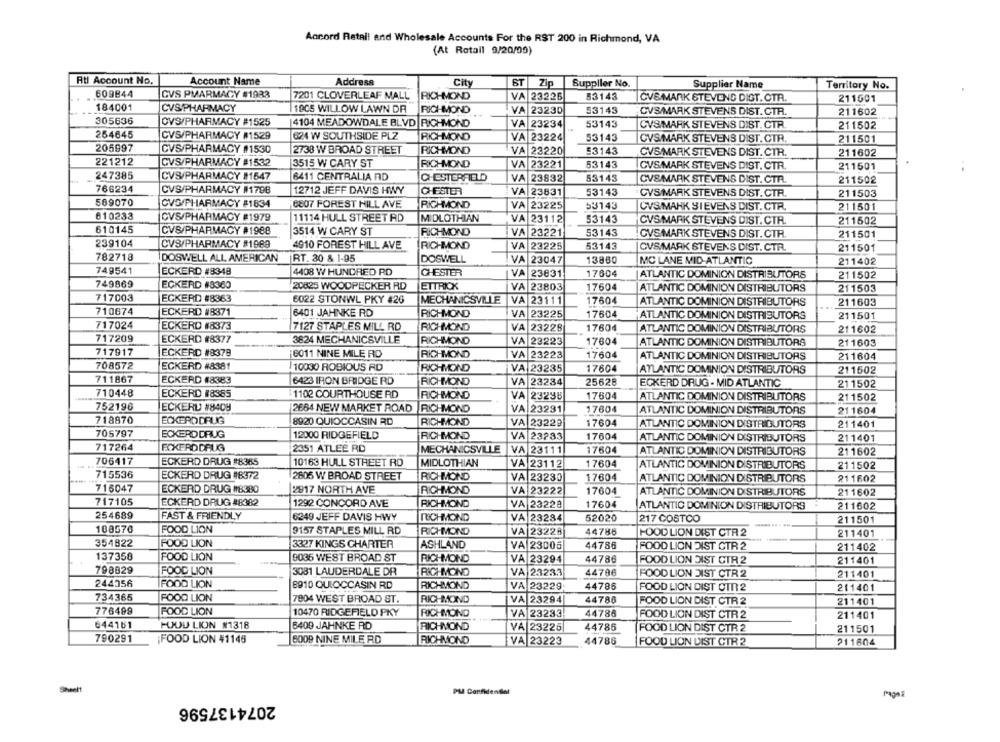
Accord Retail and Wholesale Accounts For the RST 200 in Richmond, VA
(At Retail 9/20/00)
Rtl Account No.
Account Name
Address
City
ST
Zip
Supplier No.
Supplier Name
Territory No.
609844
CVS PMARMACY #1938
7201 CLOVERLEAF MALL
RICHMOND
VA 23226
53143
CV&/MARK STEVENS DIGT. CTR.
211601
184001
CVS PHARMACY
1905 WILLOW LAWN DA
RICHMOND
VA 23230
53143
CVS/MARK STEVENS DIST. CTR.
211602
305636
OVS/PHARMACY #1525
4104 MEADOWDALE BLVD RICHMOND
VA 23234
53143
CVS/MARK STEVENS DIST. CTR
211502
254645
CVS/PHARMACY #1529
624 W SOUTHSIDE PLZ
RICHMOND
VA 23224
53143
CVS/MARK STEVENS DIST. CTR.
211501
205997
CVS/PHARMACY #1530
2738 W BROAD STREET
RICHMOND
VA 23220
53143
CVS/MARK STEVENS DIST. CTR.
211602
221212
CVS/PHARMACY #1532
3515 W CARY ST
RICHMOND
VA 23221
53143
CVS MARK STEVENS DIST. CTR.
211501
247385
CVS/PHARMACY #1647
6411 CENTRALIA AD
CHESTERFIELD
VA 23832
53143
CV&/MARK STEVENS DIST. CTA.
211502
766234
CVS/PHARMACY #179B
12712 JEFF DAVIS HWY
CHESTER
VA 23631
53143
CVS MARK STEVENS DIST. CTR.
211503
589070
CVS/PHARMACY #1834
8807 FOREST HILL AVE
RICHMOND
VA 23225
53143
CVS MAHK SIEVENS DIST. CTR.
211501
610233
CVS/PHARMACY #1979
11114 HULL STREET AD
MIDLOTHIAN
VA 23112
53143
CVSMARK STEVENS DIST. CTR.
211502
610145
CVS/PHARMACY #1988
3514 W CARY ST
RICHMOND
VA 23221
53143
CVS MARK STEVENS DIST. CTR.
211501
239104
CVS/PHARMACY #1989
4910 FOREST HILL AVE
RICHMOND
53143
VA 23225
CVS MARK STEVENS DIST. CTR.
211501
782718
DOSWELL ALL AMERICAN
RT. 30 & 1-95
DOSWELL
VA 23047
13880
MC LANE MID-ATLANTIC
211402
749541
ECKERD #8348
4408 W HUNDRED RD
CHESTER
VA 23831
17604
ATLANTIC DOMINION DISTRIBUTORS
211502
749869
ECKERD #8360
20825 WOODPECKER RD
ETTRICK
VA 23803
17604
ATLANTIC DOMINION DISTRIBUTORS
211503
717003
ECKERD #8363
6022 STONWL PKY #26
MECHANICSVILLE
VA 23111
17604
ATLANTIC DOMINION DISTRIBUTORS
211603
710674
ECKERD #8371
6401 JAHNKE RD
RICHMOND
VA 23225
17604
ATLANTIC DOMINION DISTRIBUTORS
211501
717024
ECKERD #8373
7127 STAPLES MILL RD
RICHMOND
VA
23228
17604
ATLANTIC DOMINION DISTRIBUTORS
211602
717209
ECKERD #8377
3824 MECHANICSVILLE
RICHMOND
VA 23223
17604
ATLANTIC DOMINION DISTRIBUTORS
211603
717917
ECKERD #8379
6011 NINE MILE RD
RICHMOND
VA 23223
17604
ATLANTIC DOMINION DISTRIBUTORS
211604
708572
ECKERD #8381
10030 ROBIOUS RD
RICHMOND
VA 23235
17604
ATLANTIC DOMINION DISTRIBUTORS
211502
711867
ECKERD #8383
6423 IRON BRIDGE RD
RICHMOND
VA 23234
25628
ECKERD DRUG - MID ATLANTIC
21 1502
710448
ECKERD #8385
1102 COURTHOUSE RD
RICHMOND
VA
23298
17604
ATLANTIC DOMINION DISTRIBUTORS
211502
752196
ECKERU #8409
2664 NEW MARKET ROAD |RICHMOND
VA 23231
17604
ATLANTIC DOMINION DISTRIBUTORS
211604
718870
ECKERD DRUG
8920 QUIOCCASIN RD
RICHMOND
VA 23229
17604
ATLANTIC DOMINION DISTRIBUTORS
211401
705797
ECKERD DRUG
12000 RIDGEFIELD
RICHMOND
VA 23233
17604
ATLANTIC DOMINION DISTRIBUTORS
211401
717264
ECKERDDRUG
2351 ATLEE RD
MECHANICSVILLE
VA 23111
17604
ATLANTIC DOMINION DISTRIBUTORS
211602
706417
ECKERD DRUG #8365
10163 HULL STREET RD
MIDLOTHIAN
VA 23112
17604
ATLANTIC DOMINION DISTRIBUTORS
211502
715536
ECKERD DRUG #8372
2805 W BROAD STREET
RICHMOND
VA 23230
17604
ATLANTIC DOMINION DISTRIBUTORS
211602
716047
ECKERD DRUG #8380
2917 NORTH AVE
RICHMOND
VA 23222
17604
ATLANTIC DOMINION DISTRIBUTORS
211602
717105
ECKERD DRUG #8382
1292 CONCORD AVE
RICHMOND
VA 23228
17604
ATLANTIC DOMINION DISTRIBUTORS
211602
254689
FAST & FRIENDLY
6249 JEFF DAVIS HWY
RICHMOND
VA 23284
52020
217 COSTCO
211501
108570
FOOD LION
9157 STAPLES MILL RD
RICHMOND
VA 23228
44788
HOOD LION DIST CTR 2
211401
354822
FOOD LION
3327 KINGS CHARTER
ASHLAND
VA 23005
44786
FOOD LION JIST CTR 2
211402
137358
FOOD LION
9036 WEST BROAD ST
RICHMOND
VA 23294
44786
FOOD LION DIST CTR 2
211401
798029
FOOD LION
3081 LAUDERDALE DR
RICHMOND
VA 23233
44786
FOOD LION JIST CTR 2
211401
244356
FOOD LION
8910 QUIOCCASIN RD
RICHMOND
VA 23229
44786
FOOD LION DIST OTT 2
211401
734365
FOOD LION
7904 WEST BROAD ST.
RICHMOND
VA 23294
44786
FOOD LION DIST CTR 2
211401
776499
FOOD LION
10470 RIDGEFIELD PKY
RICHMOND
VA 23233
44786
FOOD LION DIST CTR 2
211401
644161
HODU LION #1318
6400 JAHNKE RD
RICHMOND
VA 23225
44786
FOOD LION DIST CTR 2
211501
790291
¡FOOD LION 41145
5009 NINE MILE RD
RICHMOND
VA 23223
44786
FOOD LION DIST CTR 2
211604
Sheelt
PM Confidentiel
Page
2074137596